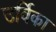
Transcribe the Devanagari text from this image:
उर्विका